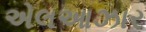
એલઆઝાર